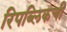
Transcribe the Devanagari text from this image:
रिपब्लिकची